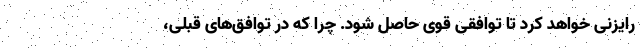
رایزنی خواهد کرد تا توافقی قوی حاصل شود. چرا که در توافق‌های قبلی،